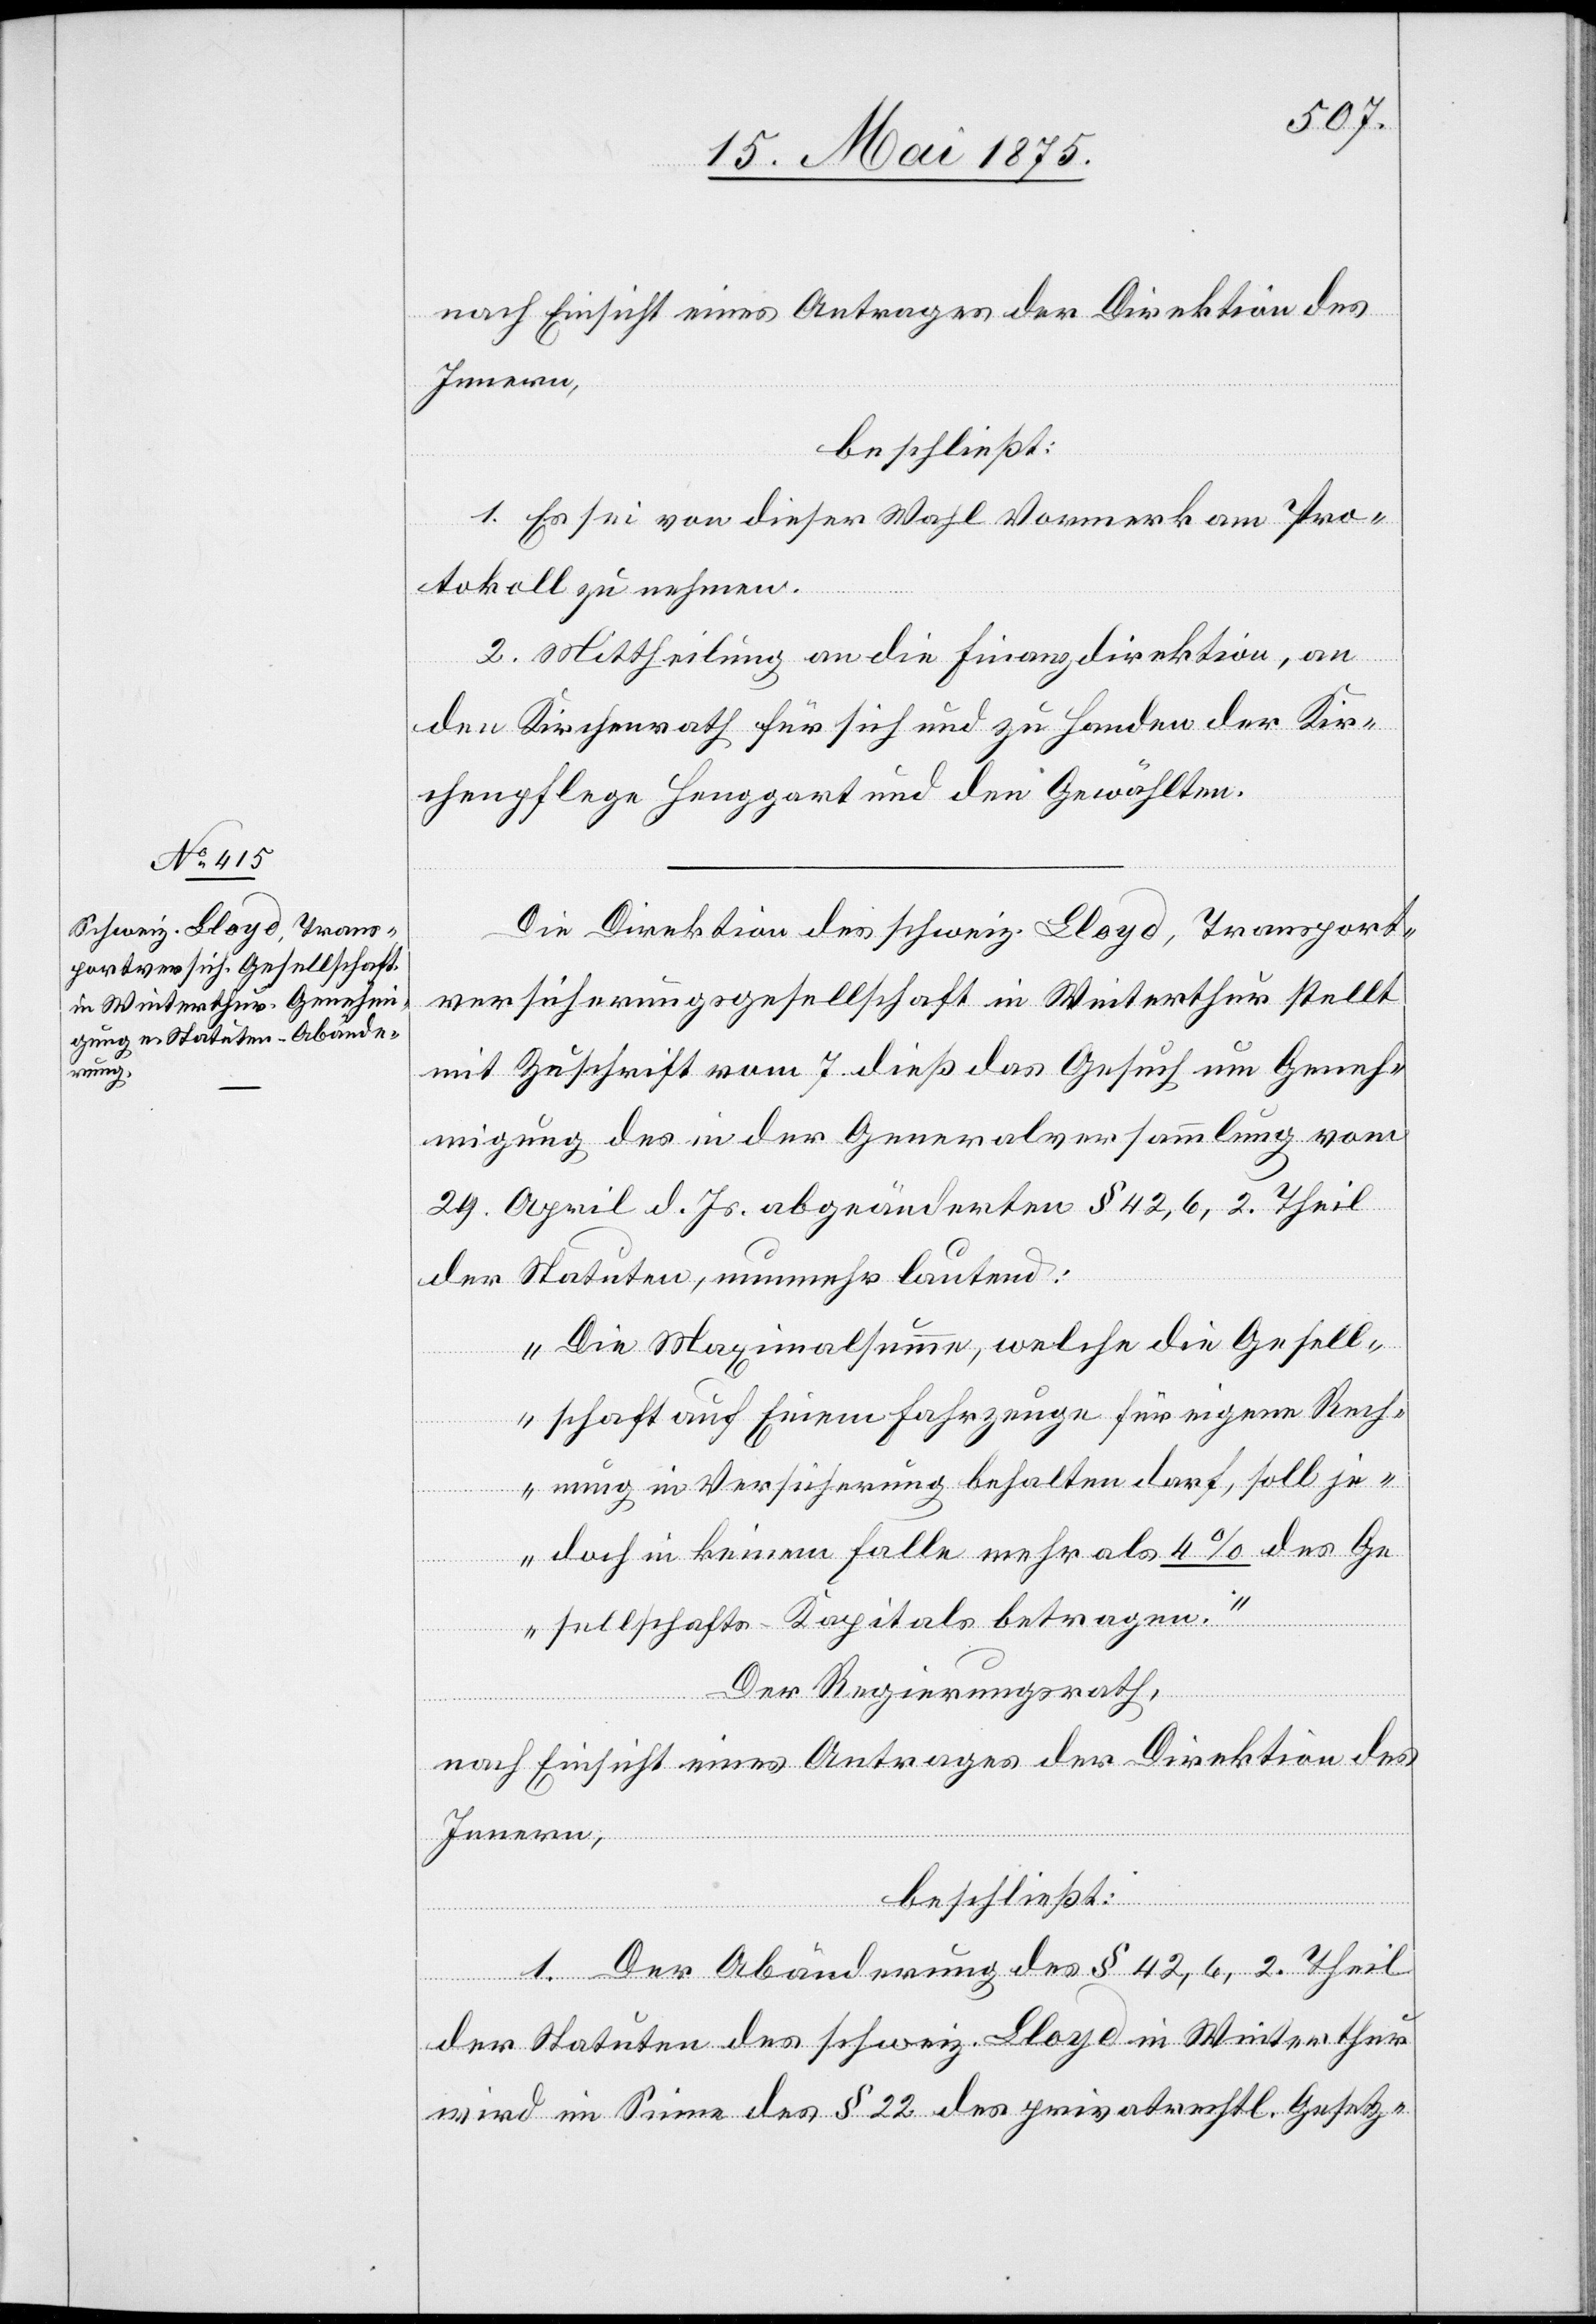
nach Einsicht eines Antrages der Direktion des
Innern,
beschließt:
1. Es sei von dieser Wahl Vormerk am Pro¬
tokoll zu nehmen.
2. Mittheilung an die Finanzdirektion, an
den Kirchenrath für sich und zu Handen der Kir¬
chenpflege Henggart und den Gewählten.
Die Direktion des schweiz. Bloyd, Transport¬
versicherungsgesellschaft in Winterthur stellt
mit Zuschrift vom 7. dieß das Gesuch um Geneh¬
migung des in der Generalversammlung vom
29. April d. Js. abgeänderten § 42, 6, 2. Theil
der Statuten, nunmehr lautend:
„Die Maximalsumme, welche die Gesell¬
schaft auf Einem [sic!] Fahrzeuge für eigene Rech¬
nung in Versicherung behalten darf, soll je¬
doch in keinem Falle mehr als 4% des Ge¬
sellschafts-Kapitals betragen.“
Der Regierungsrath,
nach Einsicht eines Antrages der Direktion des
Innern,
beschließt:
1. Der Abänderung des § 42, 6 2. Theil
der Statuten des schweiz. Bloyd in Winterthur
wird im Sinne des § 22 des privatrechtl. Gesetz-